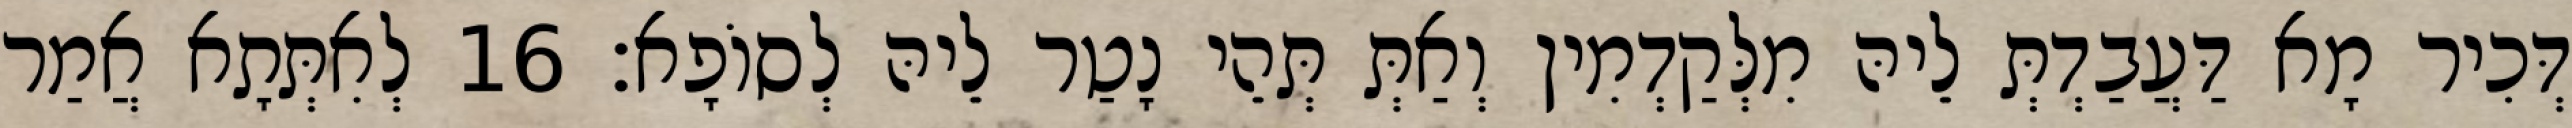
דְּכִיר מָא דַּעֲבַדְתְּ לֵיהּ מִלְּקַדְמִין וְאַתְּ תְּהֵי נָטַר לֵיהּ לְסוֹפָא׃ 16 לְאִתְּתָא אֲמַר